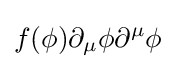
f(\phi )\partial _{\mu }\phi \partial ^{\mu }\phi